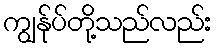
ကျွန်ုပ်တို့သည်လည်း